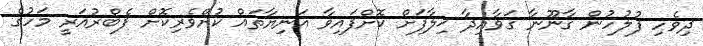
ދިވެހި ފުލުހުން ޤާނޫނާ ޤަވާއިދާ ޚިލާފަށް ކޮށްފައިވާ އަނިޔާތައް ކުށްވެރިކޮށް ފެބްރުއަރީ މަހުގެ